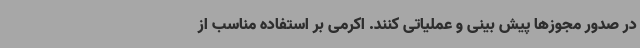
در صدور مجوزها پیش بینی و عملیاتی کنند. اکرمی بر استفاده مناسب از